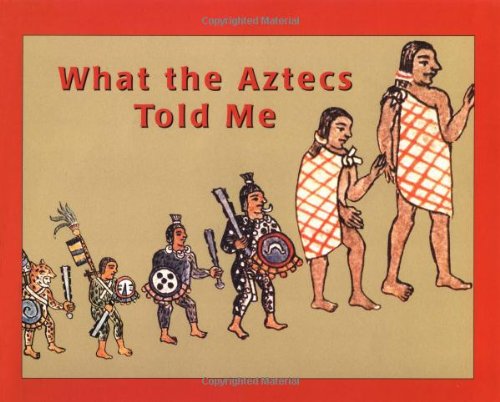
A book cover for What the Aztecs Told Me; Krystyna Libura; Children's Books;